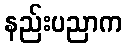
နည်းပညာက